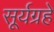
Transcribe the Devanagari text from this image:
सूर्यग्रहे